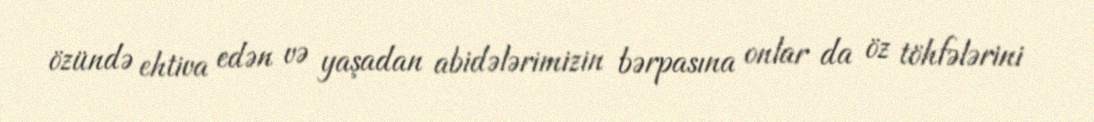
özündə ehtiva edən və yaşadan abidələrimizin bərpasına onlar da öz töhfələrini